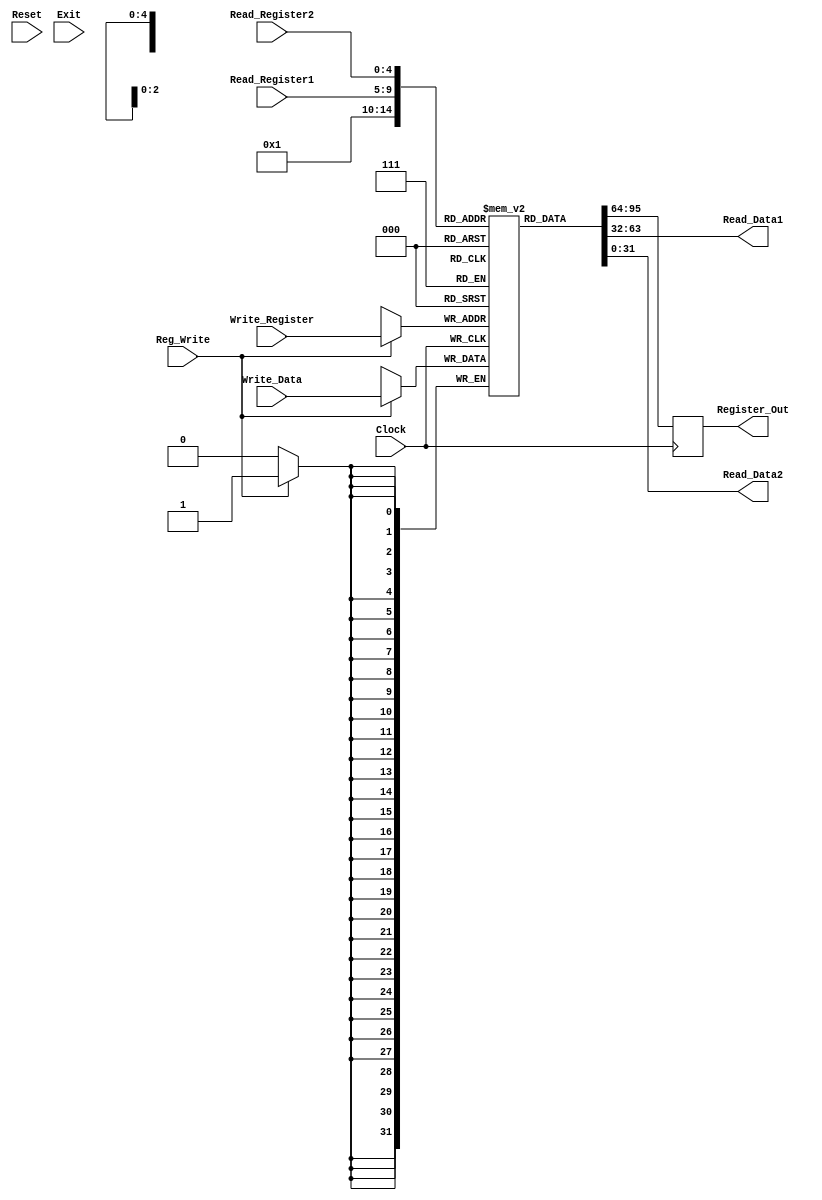
module Register (
  input wire Clock,
  input wire Reset,
  input wire Reg_Write,
  input wire [4:0] Read_Register1,
  input wire [4:0] Read_Register2,
  input wire [4:0] Write_Register,
  input wire [31:0] Write_Data,
  input wire Exit,
  output reg [31:0] Read_Data1,
  output reg [31:0] Read_Data2,
  output reg [31:0] Register_Out
);

  reg [31:0] Registradores [0:31];
  integer index;
  reg Bool = 1'b0;

  initial begin
    for (index = 0; index < 32; index = index + 1) begin
      Registradores[index] <= 0;
    end
  end

  always @(posedge Clock) begin
  Register_Out <= Registradores[1];
    if (Reg_Write) begin
      Registradores[Write_Register] <= Write_Data;
    end

 //   if (Reset) begin
   //   for (index = 0; index < 32; index = index + 1) begin
   //     Registradores[index] <= 0;
    //  end
    //end

   // if (Exit) begin
		//if(Bool == 1'b0)begin
      //Bool <= 1'b1;
		//end
    end
  

  always @(*) begin
    Read_Data1 <= Registradores[Read_Register1];
    Read_Data2 <= Registradores[Read_Register2];
  
  end
endmodule